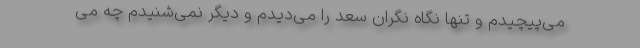
می‌پیچیدم و تنها نگاه نگران سعد را می‌دیدم و دیگر نمی‌شنیدم چه می